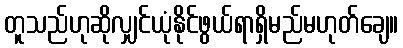
တူသည်ဟုဆိုလျှင်ယုံနိုင်ဖွယ်ရာရှိမည်မဟုတ်ချေ။